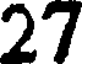
27